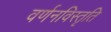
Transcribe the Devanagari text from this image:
वर्णनविस्तृति